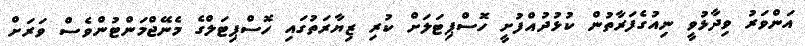
އަންވަރު ވިދާޅުވީ ނިއުގެފަރާތުން ކުޅުދުއްފުށީ ހޮސްޕިޓަލަށް ކުރި ޒިޔާރަތުގައި ހޮސްޕިޓަލްގެ މެނޭޖްމަންޓުންވެސް ވަރަށް